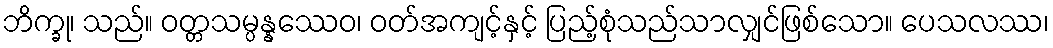
ဘိက္ခု၊ သည်။ ဝတ္တသမ္ပန္နဿေဝ၊ ဝတ်အကျင့်နှင့် ပြည့်စုံသည်သာလျှင်ဖြစ်သော။ ပေသလဿ၊